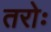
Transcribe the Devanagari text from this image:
तरोः